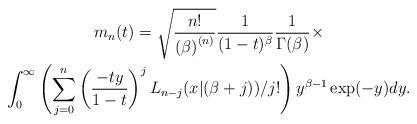
LaTeX: \begin{gather*}m_{n}(t)=\allowbreak \sqrt{\frac{n!}{\left( \beta \right) ^{\left( n\right) }}}\frac{1}{(1-t)^{\beta }}\frac{1}{\Gamma (\beta )}\times \\\int_{0}^{\infty }\left( \sum_{j=0}^{n}\left( \frac{-ty}{1-t}\right)^{j}L_{n-j}(x|(\beta +j))/j!\right) y^{\beta -1}\exp (-y)dy.\end{gather*}